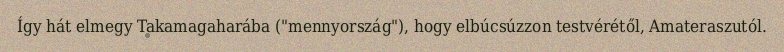
Így hát elmegy Takamagaharába ("mennyország"), hogy elbúcsúzzon testvérétől, Amateraszutól.